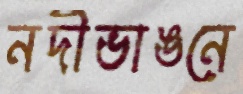
নদীভাঙনে